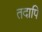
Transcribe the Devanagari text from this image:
तदापि